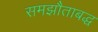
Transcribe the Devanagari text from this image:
समझौताबद्ध